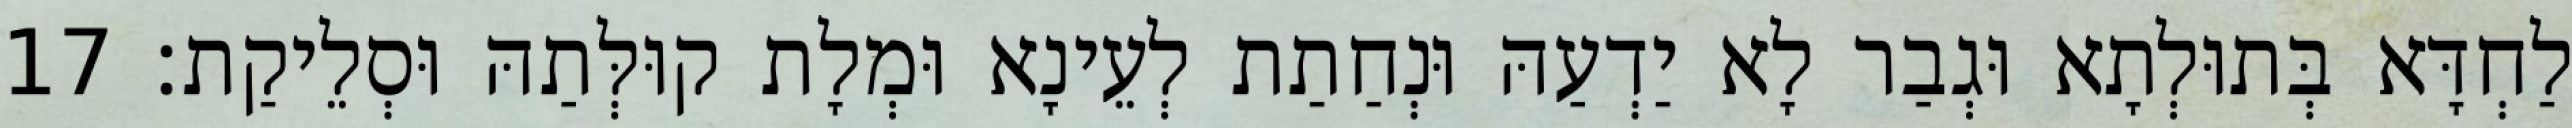
לַחְדָּא בְּתוּלְתָא וּגְבַר לָא יַדְעַהּ וּנְחַתַת לְעֵינָא וּמְלָת קוּלְּתַהּ וּסְלֵיקַת׃ 17